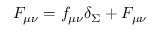
{ \cal F } _ { \mu \nu } = f _ { \mu \nu } \delta _ { \Sigma } + F _ { \mu \nu }